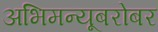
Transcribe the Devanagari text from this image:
अभिमन्यूबरोबर